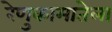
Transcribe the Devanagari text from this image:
रेणुकामातेला